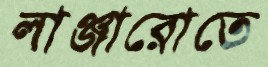
লাঞ্জারোতে